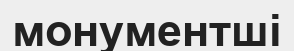
монументші